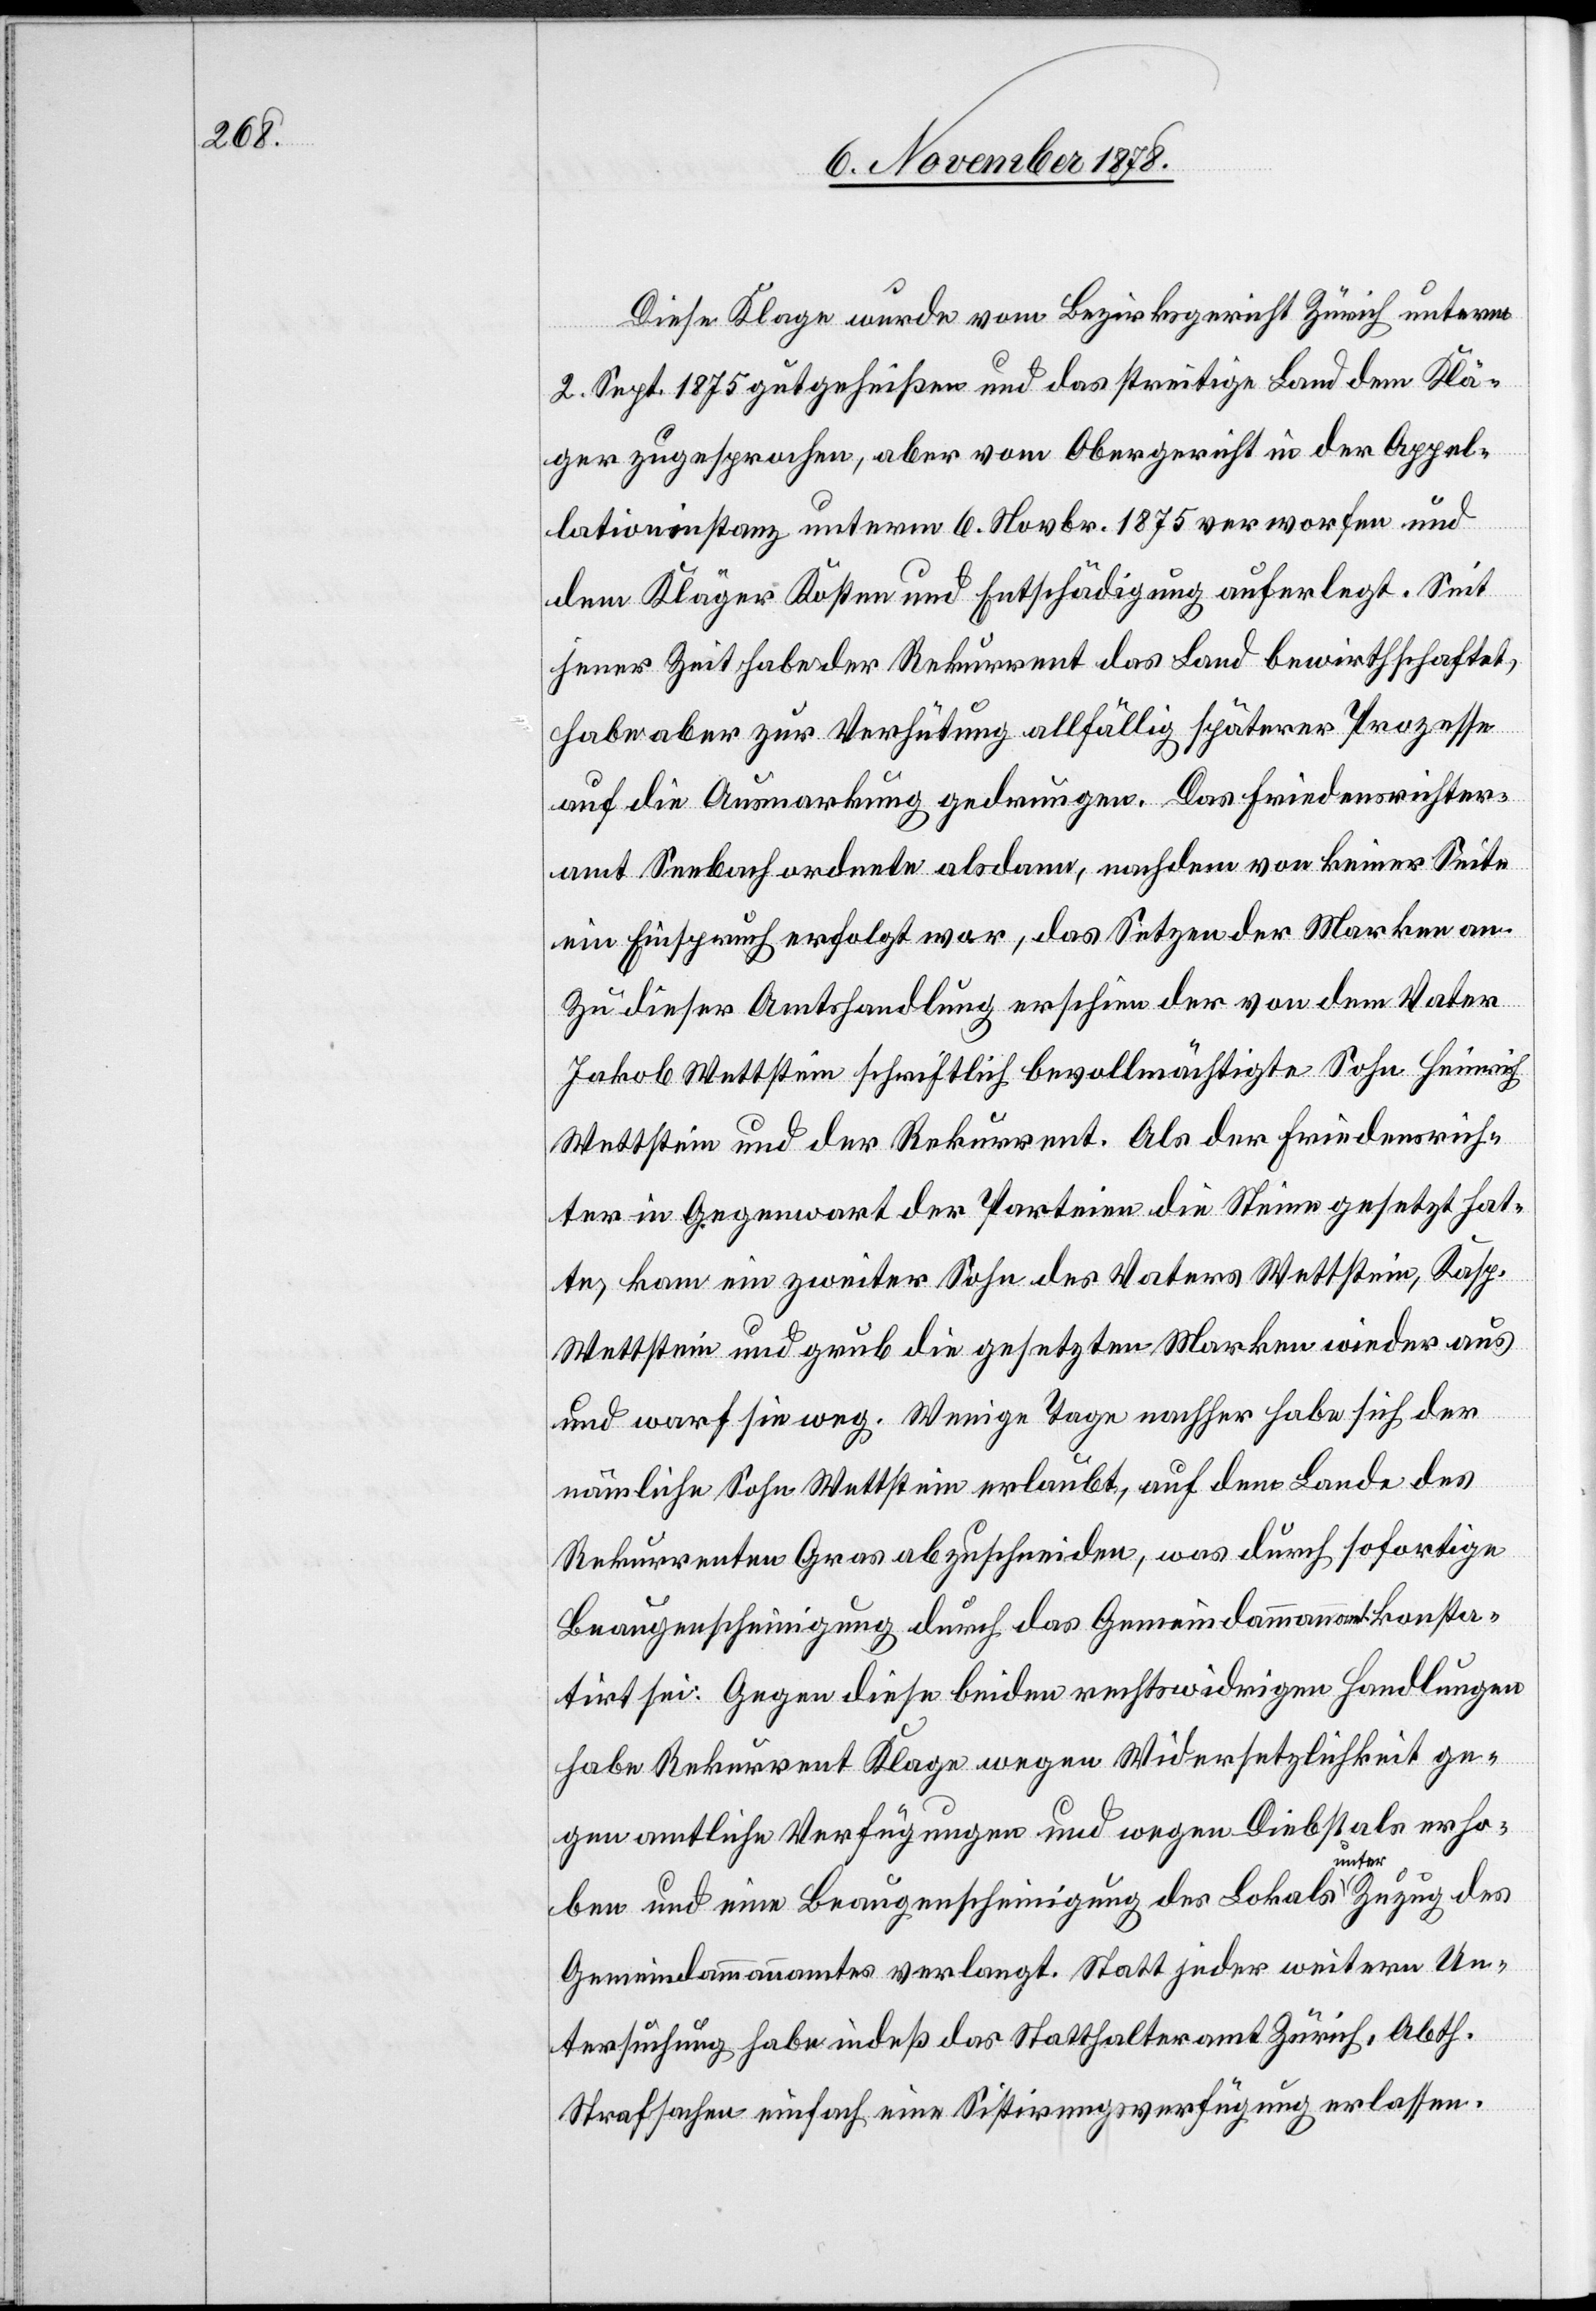
Diese Klage wurde vom Bezirksgericht Zürich unterm
2. Sept. 1875 gutgeheißen und das streitige Land dem Klä¬
ger zugesprochen, aber vom Obergericht in der Appel¬
lationsinstanz unterm 6. Novbr. 1875 verworfen und
dem Kläger Kosten und Entschädigung auferlegt. Seit
jener Zeit habe der Rekurrent das Land bewirthschaftet,
habe aber zur Verhütung allfällig späterer Prozesse
auf die Ausmarkung gedrungen. Das Friedensrichter¬
amt Seebach ordnete alsdann, nachdem von keiner Seite
ein Einspruch erfolgt war, das Setzen der Marken an.
Zu dieser Amtshandlung erschien der von dem Vater
Jakob Wettstein schriftlich bevollmächtigte Sohn Heinrich
Wettstein und der Rekurrent. Als der Friedensrich¬
ter in Gegenwart der Parteien die Steine gesetzt hat¬
te, kam ein zweiter Sohn des Vaters Wettstein, Kasp.
Wettstein und grub die gesetzten Marken wieder aus
und warf sie weg. Wenige Tage nachher habe sich der
nämliche Sohn Wettstein erlaubt, auf dem Lande des
Rekurrenten Gras abzuschneiden, was durch sofortige
Beaugenscheinigung durch das Gemeindammannamt konsta¬
tirt sei. Gegen diese beiden rechtswidrigen Handlungen
habe Rekurrent Klage wegen Widersetzlichkeit ge¬
gen amtliche Verfügungen und wegen Diebstals erho¬
ben und eine Beaugenscheinigung des Lokals unter Zuzug des
Gemeindammanamtes verlangt. Statt jeder weitern Un¬
tersuchung habe indeß das Statthalteramt Zürich, Abth.
Strafsachen einfach eine Sistirungsverfügung erlassen.